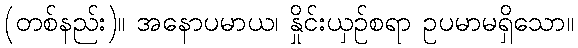
(တစ်နည်း)။ အနောပမာယ၊ နှိုင်းယှဉ်စရာ ဥပမာမရှိသော။